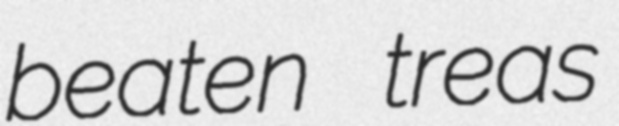
beaten treas